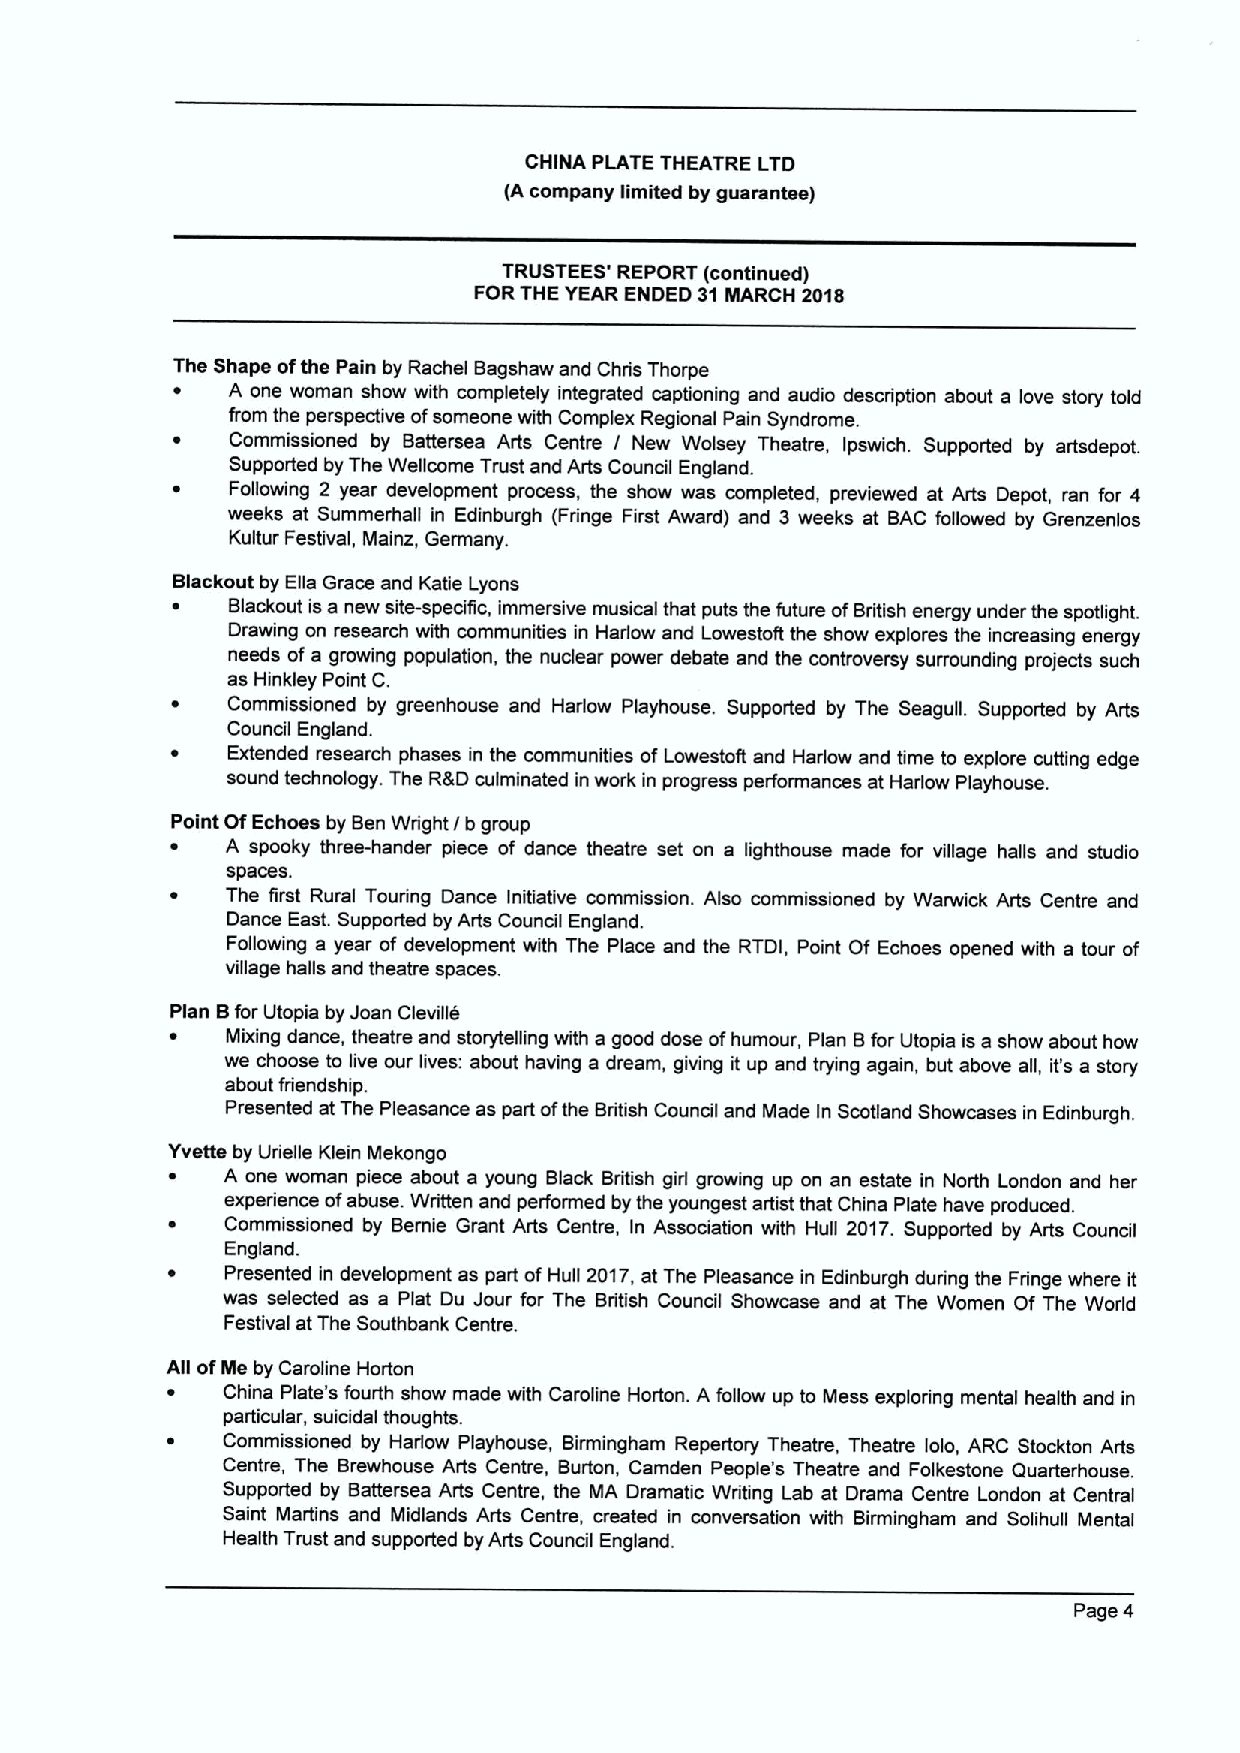
CHINA PLATE THEATRE LTD
 (A company limited by guarantee)
 TRUSTEES' REPORT (continued)
 FORTHE YEAR ENDED 31MARCH 2018
 The Shape ofthe Pain by Rachel Bagshaw and Chris Thorpe
 A one woman shaw with completely integrated captioning and audio description about a love story told
 from the perspective ofsomeone with Complex Regional Pain Syndrome.
 Commissioned by Battersea Arts Centre I New Wolsey Theatre, Ipswich. Supported by artsdepot.
 Supported by The Weficome Trust and Arts Council England.
 Following 2 year development process, the show was completed, previewed at Arts Depot, ran for 4
 weeks at Summerhall in Edinburgh (Fringe First Award) and 3 weeks at BAC followed by Grenzenlos
 Kultur Festival, Mainz, Germany.
 Blackout by Ella Grace and Katie Lyons
 Blackout is a new site-specific, immersive musical that puts the future ofBritish energy under the spotlight.
 Drawing on research with communities in Harlow and Lowestoft the show explores the increasing energy
 needs of a growing population, the nuclear power debate and the controversy surrounding projects such
 as Hinkley Point C.
 Commissioned by greenhouse and Harlow Playhouse. Supported by The Seagufi. Supported by Arts
 Council England.
 Extended research phases in the communities of Lowestoft and Harlow and time to explore cutting edge
 sound technology. The R&Dculminated in work in progress performances at Harlow Playhouse.
 Point Of Echoes by Ben Wright/b group
 A spooky three-hander piece of dance theatre set on a lighthouse made for village halls and studio
 spaces.
 The first Rural Touring Dance Initiative commission. Also commissioned by Warwick Arts Centre and
 Dance East. Supported by Arts Council England.
 Following a year of development with The Place and the RTDI, Point Of Echoes opened with a tour of
 village halls and theatre spaces.
 Plan Bfor Utopia by Joan Clevifie
 ~   Mixing dance, theatre and storytelling with a good dose ofhumour, Plan Bfor Utopia is a show about how
 we choose to live our lives: about having a dream, giving it up and trying again, but above all, it's a story
 about friendship.
 Presented at The Pleasance as part ofthe British Council and Made In Scotland Showcases in Edinburgh.
 Yvette by Urielle Klein Mekongo
 A one woman piece about a young Black British girl growing up on an estate in North London and her
 experience ofabuse. Written and performed by the youngest artist that China Plate have produced.
 Commissioned by Bernie Grant Arts Centre, In Association with Hull 2017. Supported by Arts Council
 England.
 Presented in development as part ofHull 2017,at The Pleasance in Edinburgh during the Fringe where it
 was selected as a Plat Du Jour for The British Council Showcase and at The Women Of The World
 Festival at The Southbank Centre.
 All ofMe by Caroline Hoiton
 China Plate's fourth show made with Caroline Horton. Afollow up to Mess exploring mental health and in
 particular, suicidal thoughts.
 Commissioned by Harlow Playhouse, Birmingham Repertory Theatre, Theatre lolo, ARC Stockton Arts
 Centre, The Brewhouse Arts Centre, Burton, Camden People's Theatre and Folkestone Quarterhouse.
 Supported by Battersea Arts Centre, the MA Dramatic Writing Lab at Drama Centre London at Central
 Saint Martins and Midlands Arts Centre, created in conversation with Birmingham and Solihull Mental
 Health Trust and supported by Arts Council England.
 Page 4